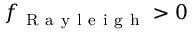
f _ { \mathrm { ~ R ~ a ~ y ~ l ~ e ~ i ~ g ~ h ~ } } > 0